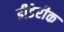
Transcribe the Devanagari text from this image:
डीडेरीक